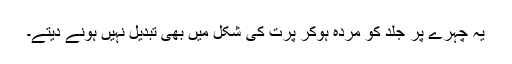
یہ چہرے پر جلد کو مردہ ہوکر پرت کی شکل میں بھی تبدیل نہیں ہونے دیتے۔